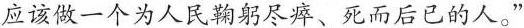
应该做一个为人民鞠躬尽瘁、死而后已的人。